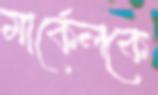
মার্কেলকে